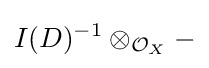
I(D)^{-1}\otimes _{{\mathcal {O}}_{X}}-